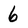
Character: 6